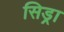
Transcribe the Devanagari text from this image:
सिड्रा